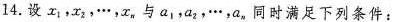
14.设x_{1}，x_{2}，…，x_{n}与a_{1}，a_{2}，…，a_{n}同时满足下列条件：